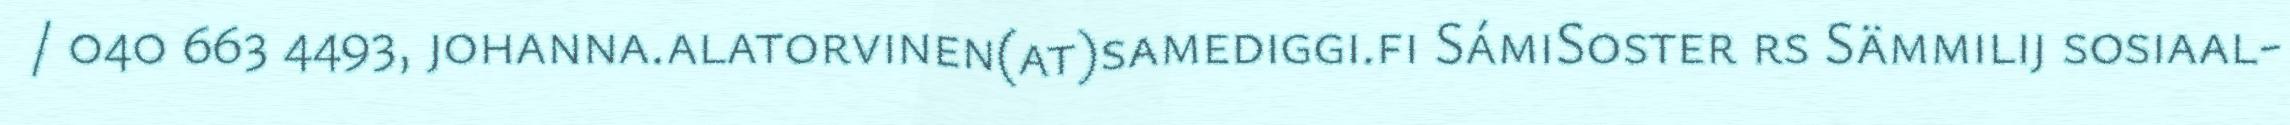
/ 040 663 4493, johanna.alatorvinen(at)samediggi.fi SámiSoster rs Sämmilij sosiaal-